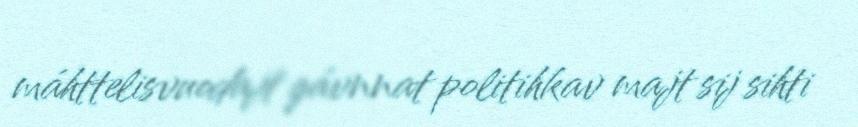
máhttelisvuodajt gávnnat politihkav majt sij sihti